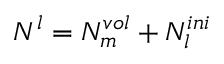
N ^ { l } = N _ { m } ^ { v o l } + N _ { l } ^ { i n i }